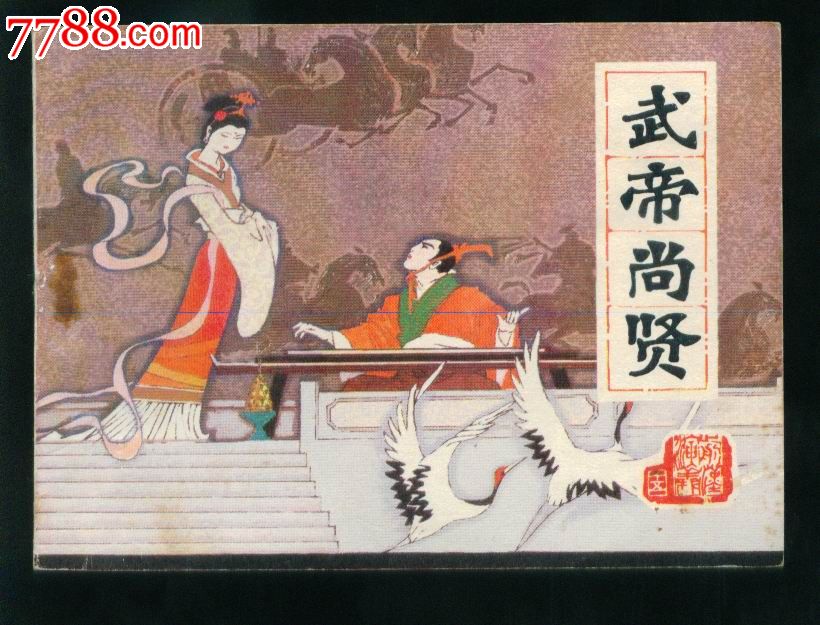
武帝宫中人去尽，年年春色为谁来。